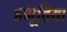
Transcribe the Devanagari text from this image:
हणूतिया